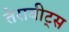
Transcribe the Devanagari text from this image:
तेराबीट्स